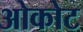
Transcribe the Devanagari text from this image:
ओकोट